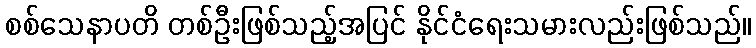
စစ်သေနာပတိ တစ်ဦးဖြစ်သည့်အပြင် နိုင်ငံရေးသမားလည်းဖြစ်သည်။